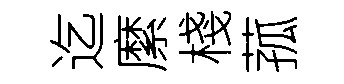
迄縻棧菰